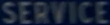
SERVICE